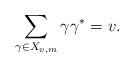
LaTeX: \begin{align*} \sum_{\gamma \in X_{v,m}} \gamma \gamma^* = v. \end{align*}